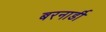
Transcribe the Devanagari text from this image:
बरनार्डी